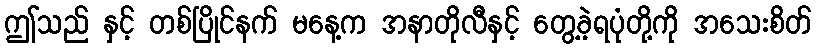
ဤသည် နှင့် တစ်ပြိုင်နက် မနေ့က အနာတိုလီနှင့် တွေ့ခဲ့ရပုံတို့ကို အသေးစိတ်